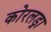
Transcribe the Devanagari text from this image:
कोरलड्रा